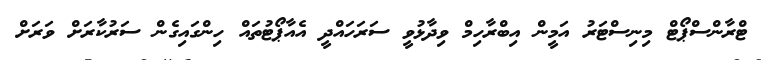
ޓްރާންސްޕޯޓް މިނިސްޓަރު އަމީން އިބްރާހިމް ވިދާޅުވީ ސަރަހައްދީ އެއާޕޯޓުތައް ހިންގައިގެން ސަރުކާރަށް ވަރަށް